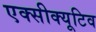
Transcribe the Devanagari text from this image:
एक्सीक्यूटिव